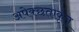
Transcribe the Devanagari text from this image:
अपेक्छताकृत